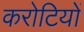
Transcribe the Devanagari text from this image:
करोटियों